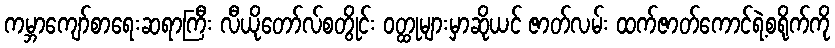
ကမ္ဘာကျော်စာရေးဆရာကြီး လီယိုတော်လ်စတွိုင်း ဝတ္ထုများမှာဆိုယင် ဇာတ်လမ်း ထက်ဇာတ်ကောင်ရဲ့စရိုက်ကို